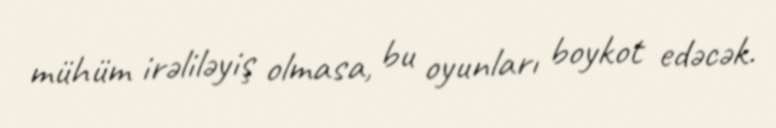
mühüm irəliləyiş olmasa, bu oyunları boykot edəcək.